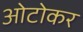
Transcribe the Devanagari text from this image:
ओटोकर